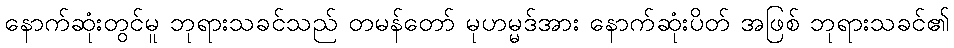
နောက်ဆုံးတွင်မူ ဘုရားသခင်သည် တမန်တော် မုဟမ္မဒ်အား နောက်ဆုံးပိတ် အဖြစ် ဘုရားသခင်၏